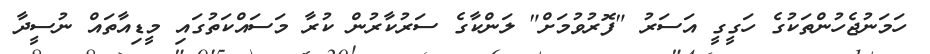
ހަމަނުޖެހުންތަކުގެ ހަގީގީ އަސަރު "ފޮރުވުމަށް" ލަންކާގެ ސަރުކާރުން ކުރާ މަސައްކަތުގައި މީޑިއާތައް ނުސީދާ